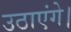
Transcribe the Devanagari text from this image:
उठाएंगे।